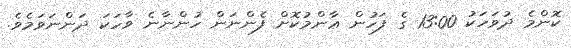
ކޮންމެ ދުވަހަކު 13:00 ގެ ފަހުން ޢާންމުކޮށް ފެންނަން ހުންނާނެ ވާހަކަ ދަންނަވަމެވެ.